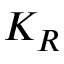
K _ { R }